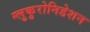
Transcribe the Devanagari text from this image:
ग्लुकुरोनिडेशन